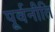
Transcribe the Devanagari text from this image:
पूर्वनीति